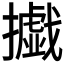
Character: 㩬